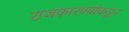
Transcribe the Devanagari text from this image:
राजकारण्यांकडून